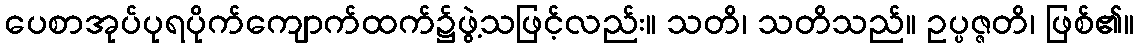
ပေစာအုပ်ပုရပိုက်ကျောက်ထက်၌ဖွဲ့သဖြင့်လည်း။ သတိ၊ သတိသည်။ ဥပ္ပဇ္ဇတိ၊ ဖြစ်၏။